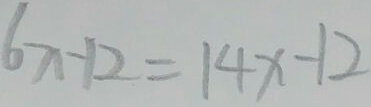
6 x - 1 2 = 1 4 x - 1 2